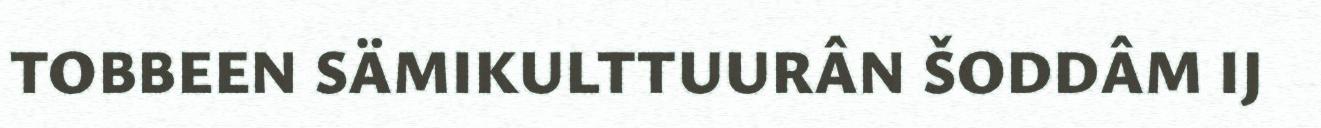
TOBBEEN SÄMIKULTTUURÂN ŠODDÂM IJ